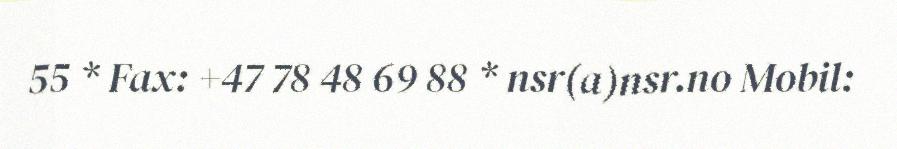
55 * Fax: +47 78 48 69 88 * nsr(a)nsr.no Mobil: